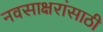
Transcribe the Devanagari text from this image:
नवसाक्षरांसाठी